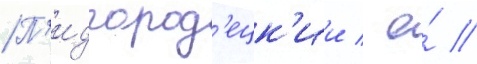
П'идгород'ецк'ии / е́ //